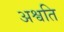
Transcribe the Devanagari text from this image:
अश्वति